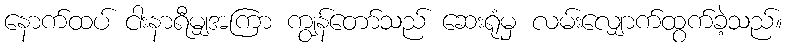
နောက်ထပ် ငါးနာရီမျှအကြာ ကျွန်တော်သည် ဆေးရုံမှ လမ်းလျှောက်ထွက်ခဲ့သည်။